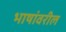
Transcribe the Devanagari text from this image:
भाषांवरील